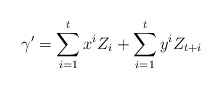
\begin{align*}\gamma'= \sum_{i=1}^{t}x^iZ_i + \sum_{i=1}^t y^i Z_{t +i} \end{align*}